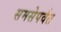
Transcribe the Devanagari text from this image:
समसेपर्वत